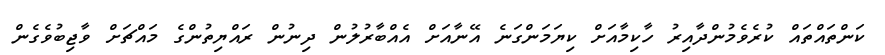
ކަންތައްތައް ކުރެވެމުންދާއިރު ހާކިމާއަށް ކިޔަމަންގަނެ އޭނާއަށް އެއްބާރުލުން ދިނުން ރައްޔިތުންގެ މައްޗަށް ވާޖިބުވެގެން